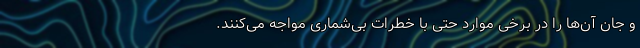
و جان آن‌ها را در برخی موارد حتی با خطرات بی‌شماری مواجه می‌کنند.